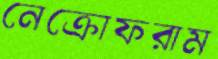
নেক্রোফরাম